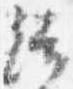
読